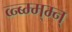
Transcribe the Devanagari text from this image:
व्न्ब्म्म्म्न्